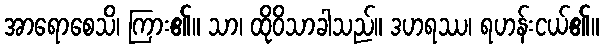
အာရောစေသိ၊ ကြား၏။ သာ၊ ထိုဝိသာခါသည်။ ဒဟရဿ၊ ရဟန်းငယ်၏။